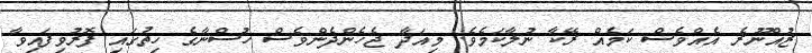
ޒުއްނޫރެ އެއްވެސް ކަމެއް ރޭކާ ނުލާކަމެވެ. މިއަދާ ޖެހެންދެންވެސް ހުސްނާގެ ހިތުގައި ފޮރުވިފައިވާ